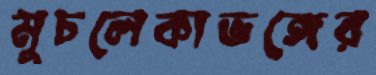
মুচলেকাভঙ্গের